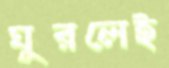
ঘুরলেই